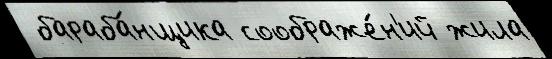
 бараба́нщика соображе́н'ий жила